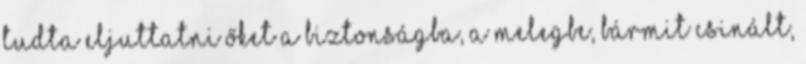
tudta eljuttatni őket a biztonságba, a melegbe, bármit csinált,